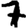
Digit: 7